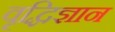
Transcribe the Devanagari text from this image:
वृद्धिज्ञान